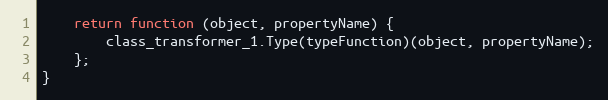
Language: JavaScript
    return function (object, propertyName) {
        class_transformer_1.Type(typeFunction)(object, propertyName);
    };
}